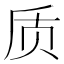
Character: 质